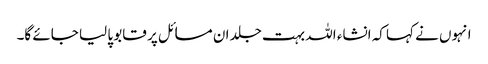
انہوں نے کہا کہ انشاء اللہ بہت جلد ان مسائل پر قابو پا لیا جائے گا۔